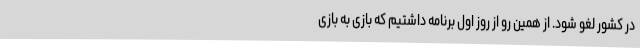
در کشور لغو شود. از همین رو از روز اول برنامه داشتیم که بازی به بازی